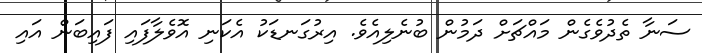
ސަނާ ތެދުވެގެން މައްޗަށް ދަމުން ބުނެލިއެވެ. އިރުގަނޑަކު އެކަނި އޮވެލާފައި ފައިބަން އައި